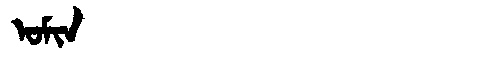
Manchu: ᠣᠮᡳᠨ
Romanization: OMIN